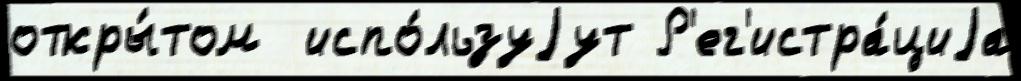
откры́том  испо́льзуjут Р'ег'истра́циjа